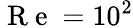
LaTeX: \mathrm{~R~e~}=10^{2}